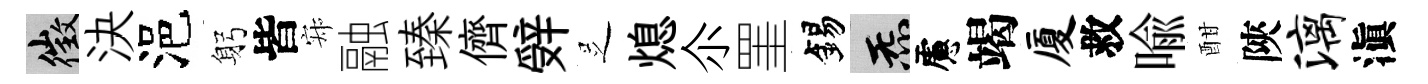
徵決浥躬皆寂融臻儕辤𠯁熄尒罣錫炁慮竭厦救喩酣陝漓滇